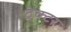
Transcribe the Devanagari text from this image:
ट्रेक्‍टर